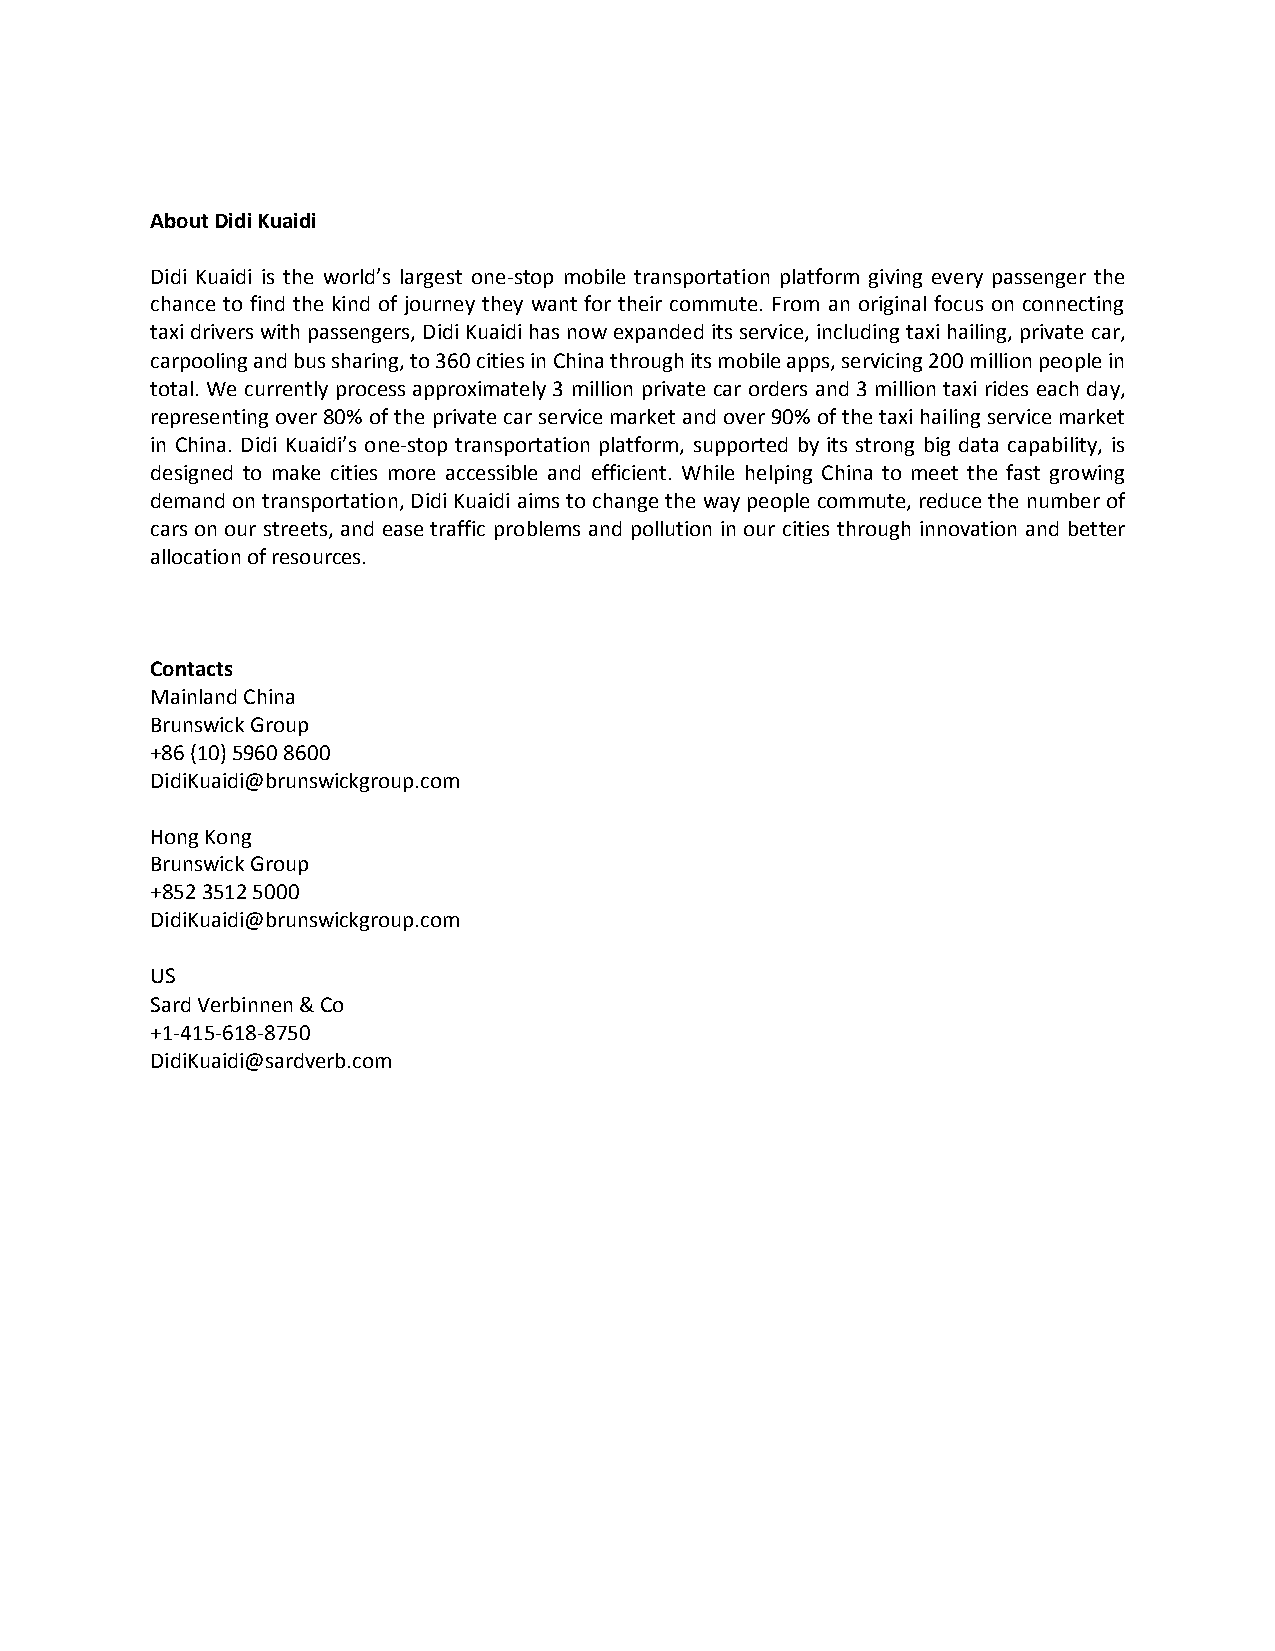
About Didi Kuaidi
 Didi Kuaidi is the world’s largest one-stop mobile transportation platform giving every passenger the
 chance to find the kind of journey they want for their commute. From an original focus on connecting
 taxi drivers with passengers, Didi Kuaidi has now expanded its service, including taxi hailing, private car,
 carpooling and bus sharing, to 360 cities in China through its mobile apps, servicing 200 million people in
 total. We currently process approximately 3 million private car orders and 3 million taxi rides each day,
 representing over 80% of the private car service market and over 90% of the taxi hailing service market
 in China. Didi Kuaidi’s one-stop transportation platform, supported by its strong big data capability, is
 designed to make cities more accessible and efficient. While helping China to meet the fast growing
 demand on transportation, Didi Kuaidi aims to change the way people commute, reduce the number of
 cars on our streets, and ease traffic problems and pollution in our cities through innovation and better
 allocation of resources.
 Contacts
 Mainland China
 Brunswick Group
 +86 (10) 5960 8600
 DidiKuaidi@brunswickgroup.com
 Hong Kong
 Brunswick Group
 +852 3512 5000
 DidiKuaidi@brunswickgroup.com
 US
 Sard Verbinnen & Co
 +1-415-618-8750
 DidiKuaidi@sardverb.com